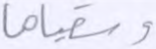
وسقياها